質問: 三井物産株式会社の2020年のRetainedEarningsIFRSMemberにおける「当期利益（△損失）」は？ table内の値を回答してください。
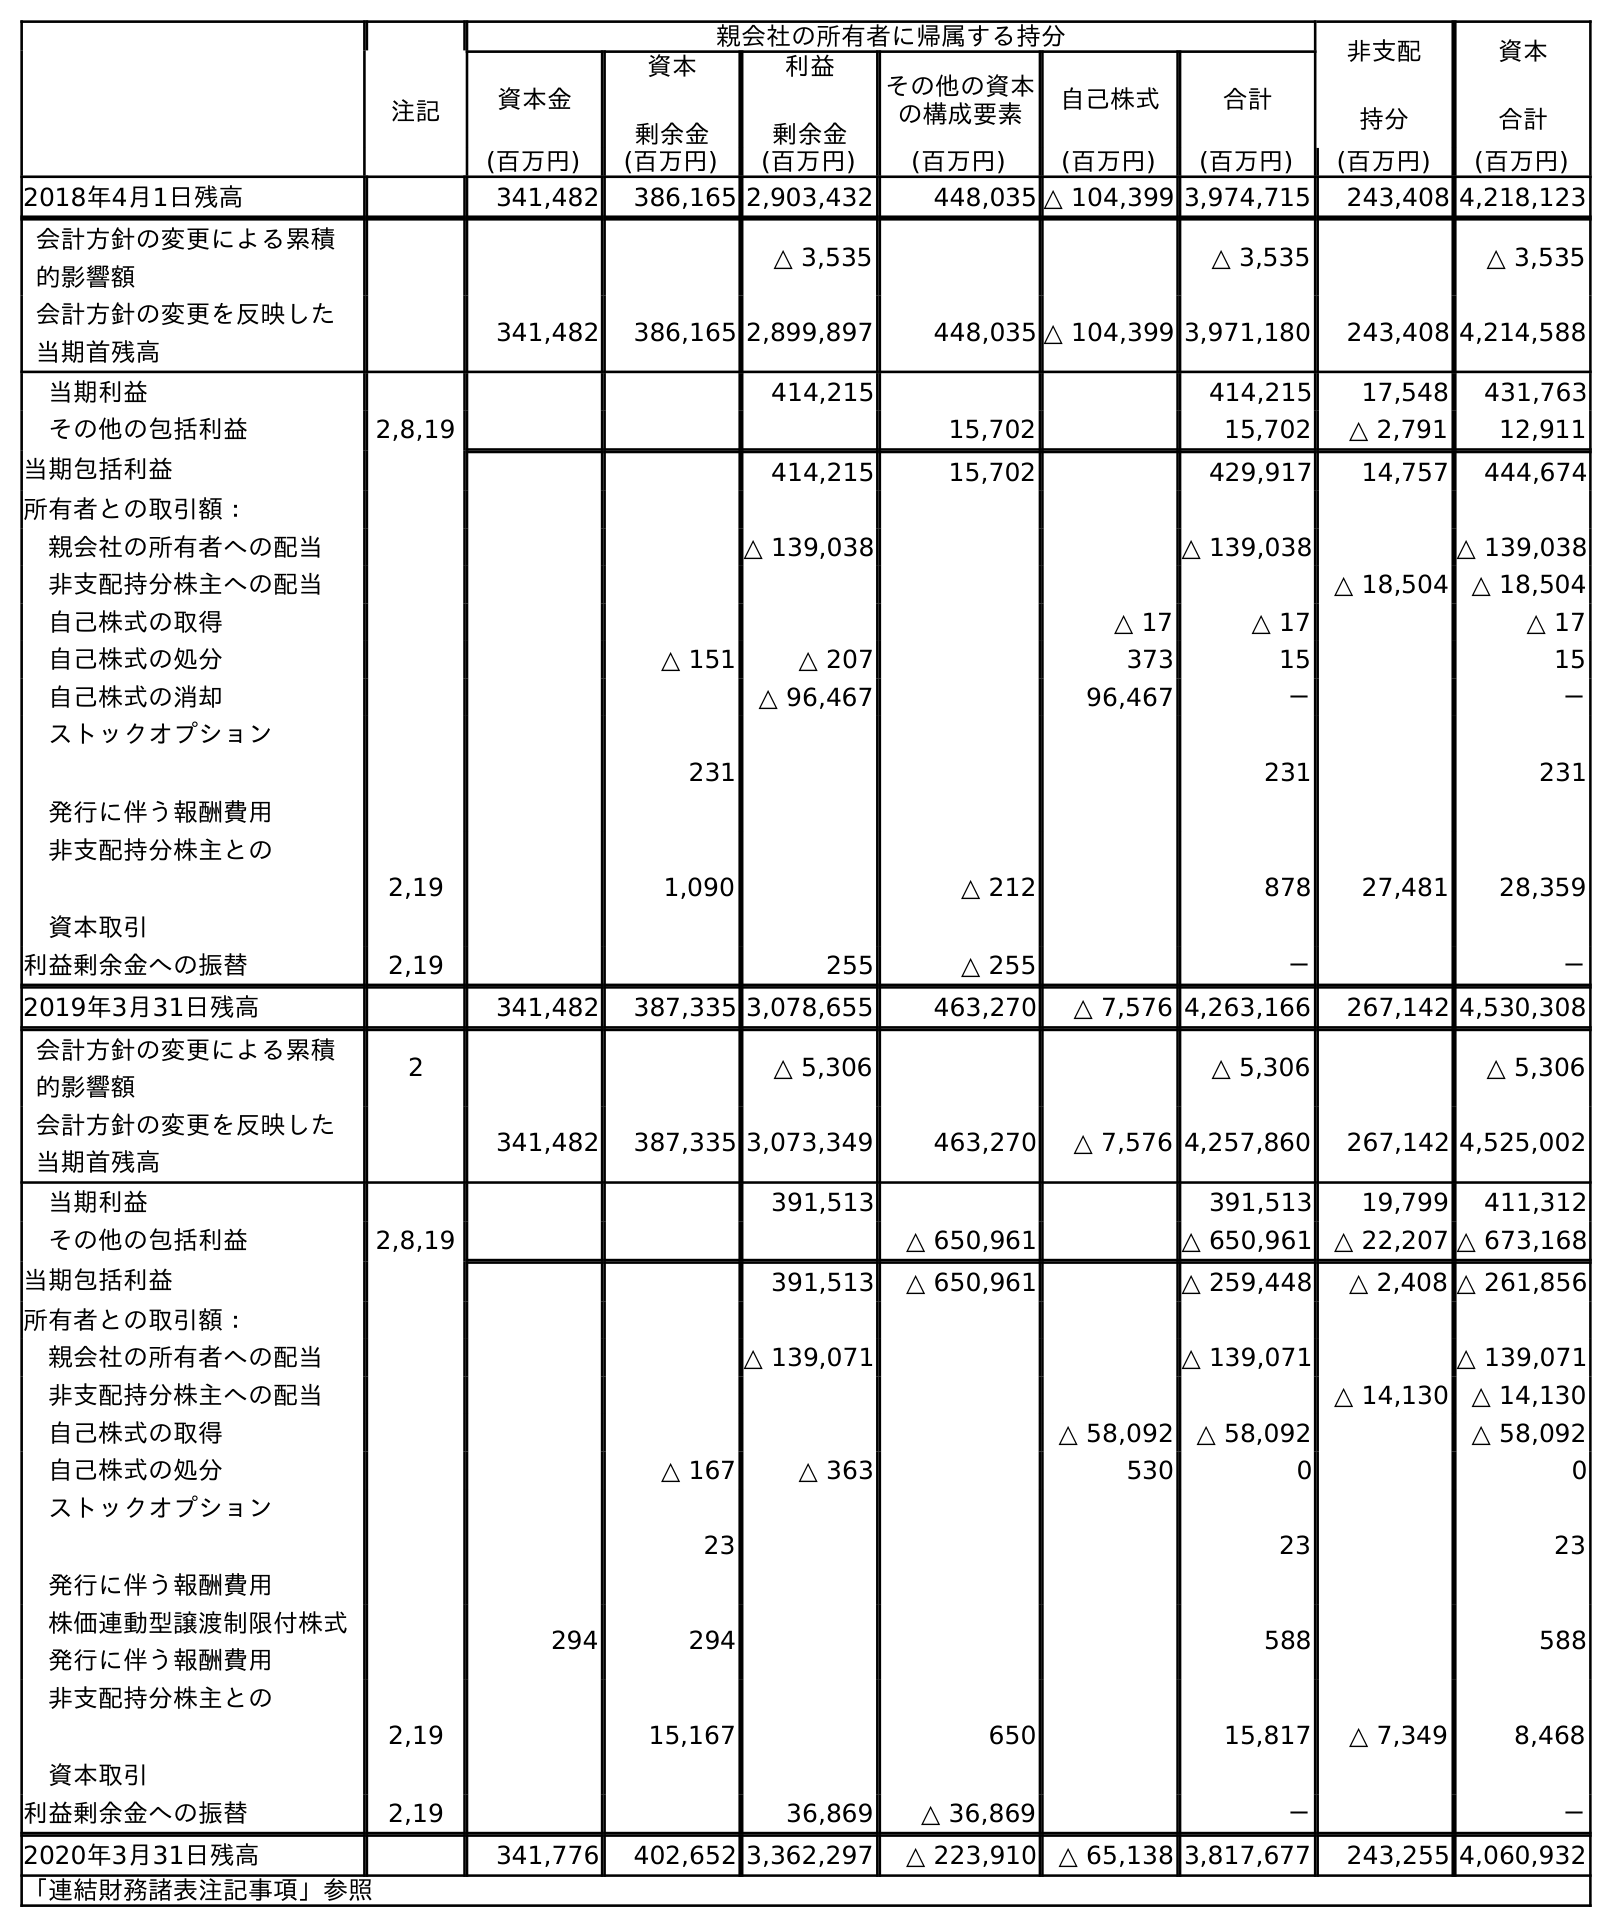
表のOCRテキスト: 親会社の所有者に帰属する持分 非支配 持分 資本 合計 注記 資本金 資本 剰余金 利益 剰余金 その他の資本 の構成要素 自己株式 合計 (百万円) (百万円) (百万円) (百万円) (百万円) (百万円) (百万円) (百万円) 2018年4月1日残高 341,482 386,165 2,903,432 448,035 △ 104,399 3,974,715 243,408 4,218,123 会計方針の変更による累積 的影響額 △ 3,535 △ 3,535 △ 3,535 会計方針の変更を反映した 当期首残高 341,482 386,165 2,899,897 448,035 △ 104,399 3,971,180 243,408 4,214,588 当期利益 414,215 414,215 17,548 431,763 その他の包括利益 2,8,19 15,702 15,702 △ 2,791 12,911 当期包括利益 414,215 15,702 429,917 14,757 444,674 所有者との取引額： 親会社の所有者への配当 △ 139,038 △ 139,038 △ 139,038 非支配持分株主への配当 △ 18,504 △ 18,504 自己株式の取得 △ 17 △ 17 △ 17 自己株式の処分 △ 151 △ 207 373 15 15 自己株式の消却 △ 96,467 96,467 － － ストックオプション 発行に伴う報酬費用 231 231 231 非支配持分株主との 資本取引 2,19 1,090 △ 212 878 27,481 28,359 利益剰余金への振替 2,19 255 △ 255 － － 2019年3月31日残高 341,482 387,335 3,078,655 463,270 △ 7,576 4,263,166 267,142 4,530,308 会計方針の変更による累積 的影響額 2 △ 5,306 △ 5,306 △ 5,306 会計方針の変更を反映した 当期首残高 341,482 387,335 3,073,349 463,270 △ 7,576 4,257,860 267,142 4,525,002 当期利益 391,513 391,513 19,799 411,312 その他の包括利益 2,8,19 △ 650,961 △ 650,961 △ 22,207 △ 673,168 当期包括利益 391,513 △ 650,961 △ 259,448 △ 2,408 △ 261,856 所有者との取引額： 親会社の所有者への配当 △ 139,071 △ 139,071 △ 139,071 非支配持分株主への配当 △ 14,130 △ 14,130 自己株式の取得 △ 58,092 △ 58,092 △ 58,092 自己株式の処分 △ 167 △ 363 530 0 0 ストックオプション 発行に伴う報酬費用 23 23 23 株価連動型譲渡制限付株式 発行に伴う報酬費用 294 294 588 588 非支配持分株主との 資本取引 2,19 15,167 650 15,817 △ 7,349 8,468 利益剰余金への振替 2,19 36,869 △ 36,869 － － 2020年3月31日残高 341,776 402,652 3,362,297 △ 223,910 △ 65,138 3,817,677 243,255 4,060,932 「連結財務諸表注記事項」参照
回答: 391,513